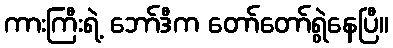
ကားကြီးရဲ့ ဘော်ဒီက တော်တော်ရွဲနေပြီ။